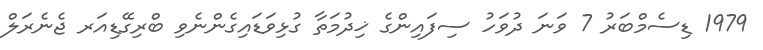
1979 ޑިސެމްބަރު 7 ވަނަ ދުވަހު ސިފައިންގެ ޚިދުމަތާ ގުޅިވަޑައިގެންނެވި ބްރިގޭޑިއަރ ޖެނެރަލް